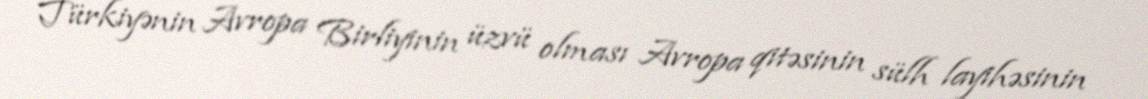
Türkiyənin Avropa Birliyinin üzvü olması Avropa qitəsinin sülh layihəsinin